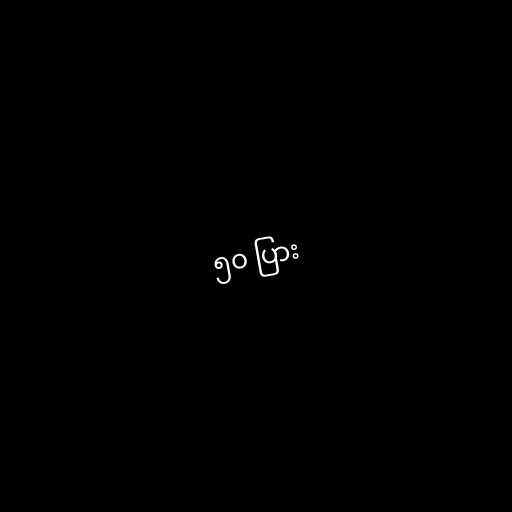
၅၀ ပြား